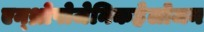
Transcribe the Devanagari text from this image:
एन्थ्रोपोजेनिकहेलोजन